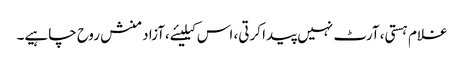
غلام ہستی، آرٹ نہیں پیدا کرتی، اس کیلیئے،آزاد منش روح چاہیے۔